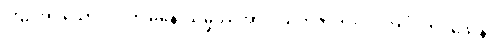
ကြဉ်အပ်သော ဝိပါတ် မနောသမ္ဖဿအား။ သဟဇာတ။ ပ။ အဝိဂတဝသေန၊